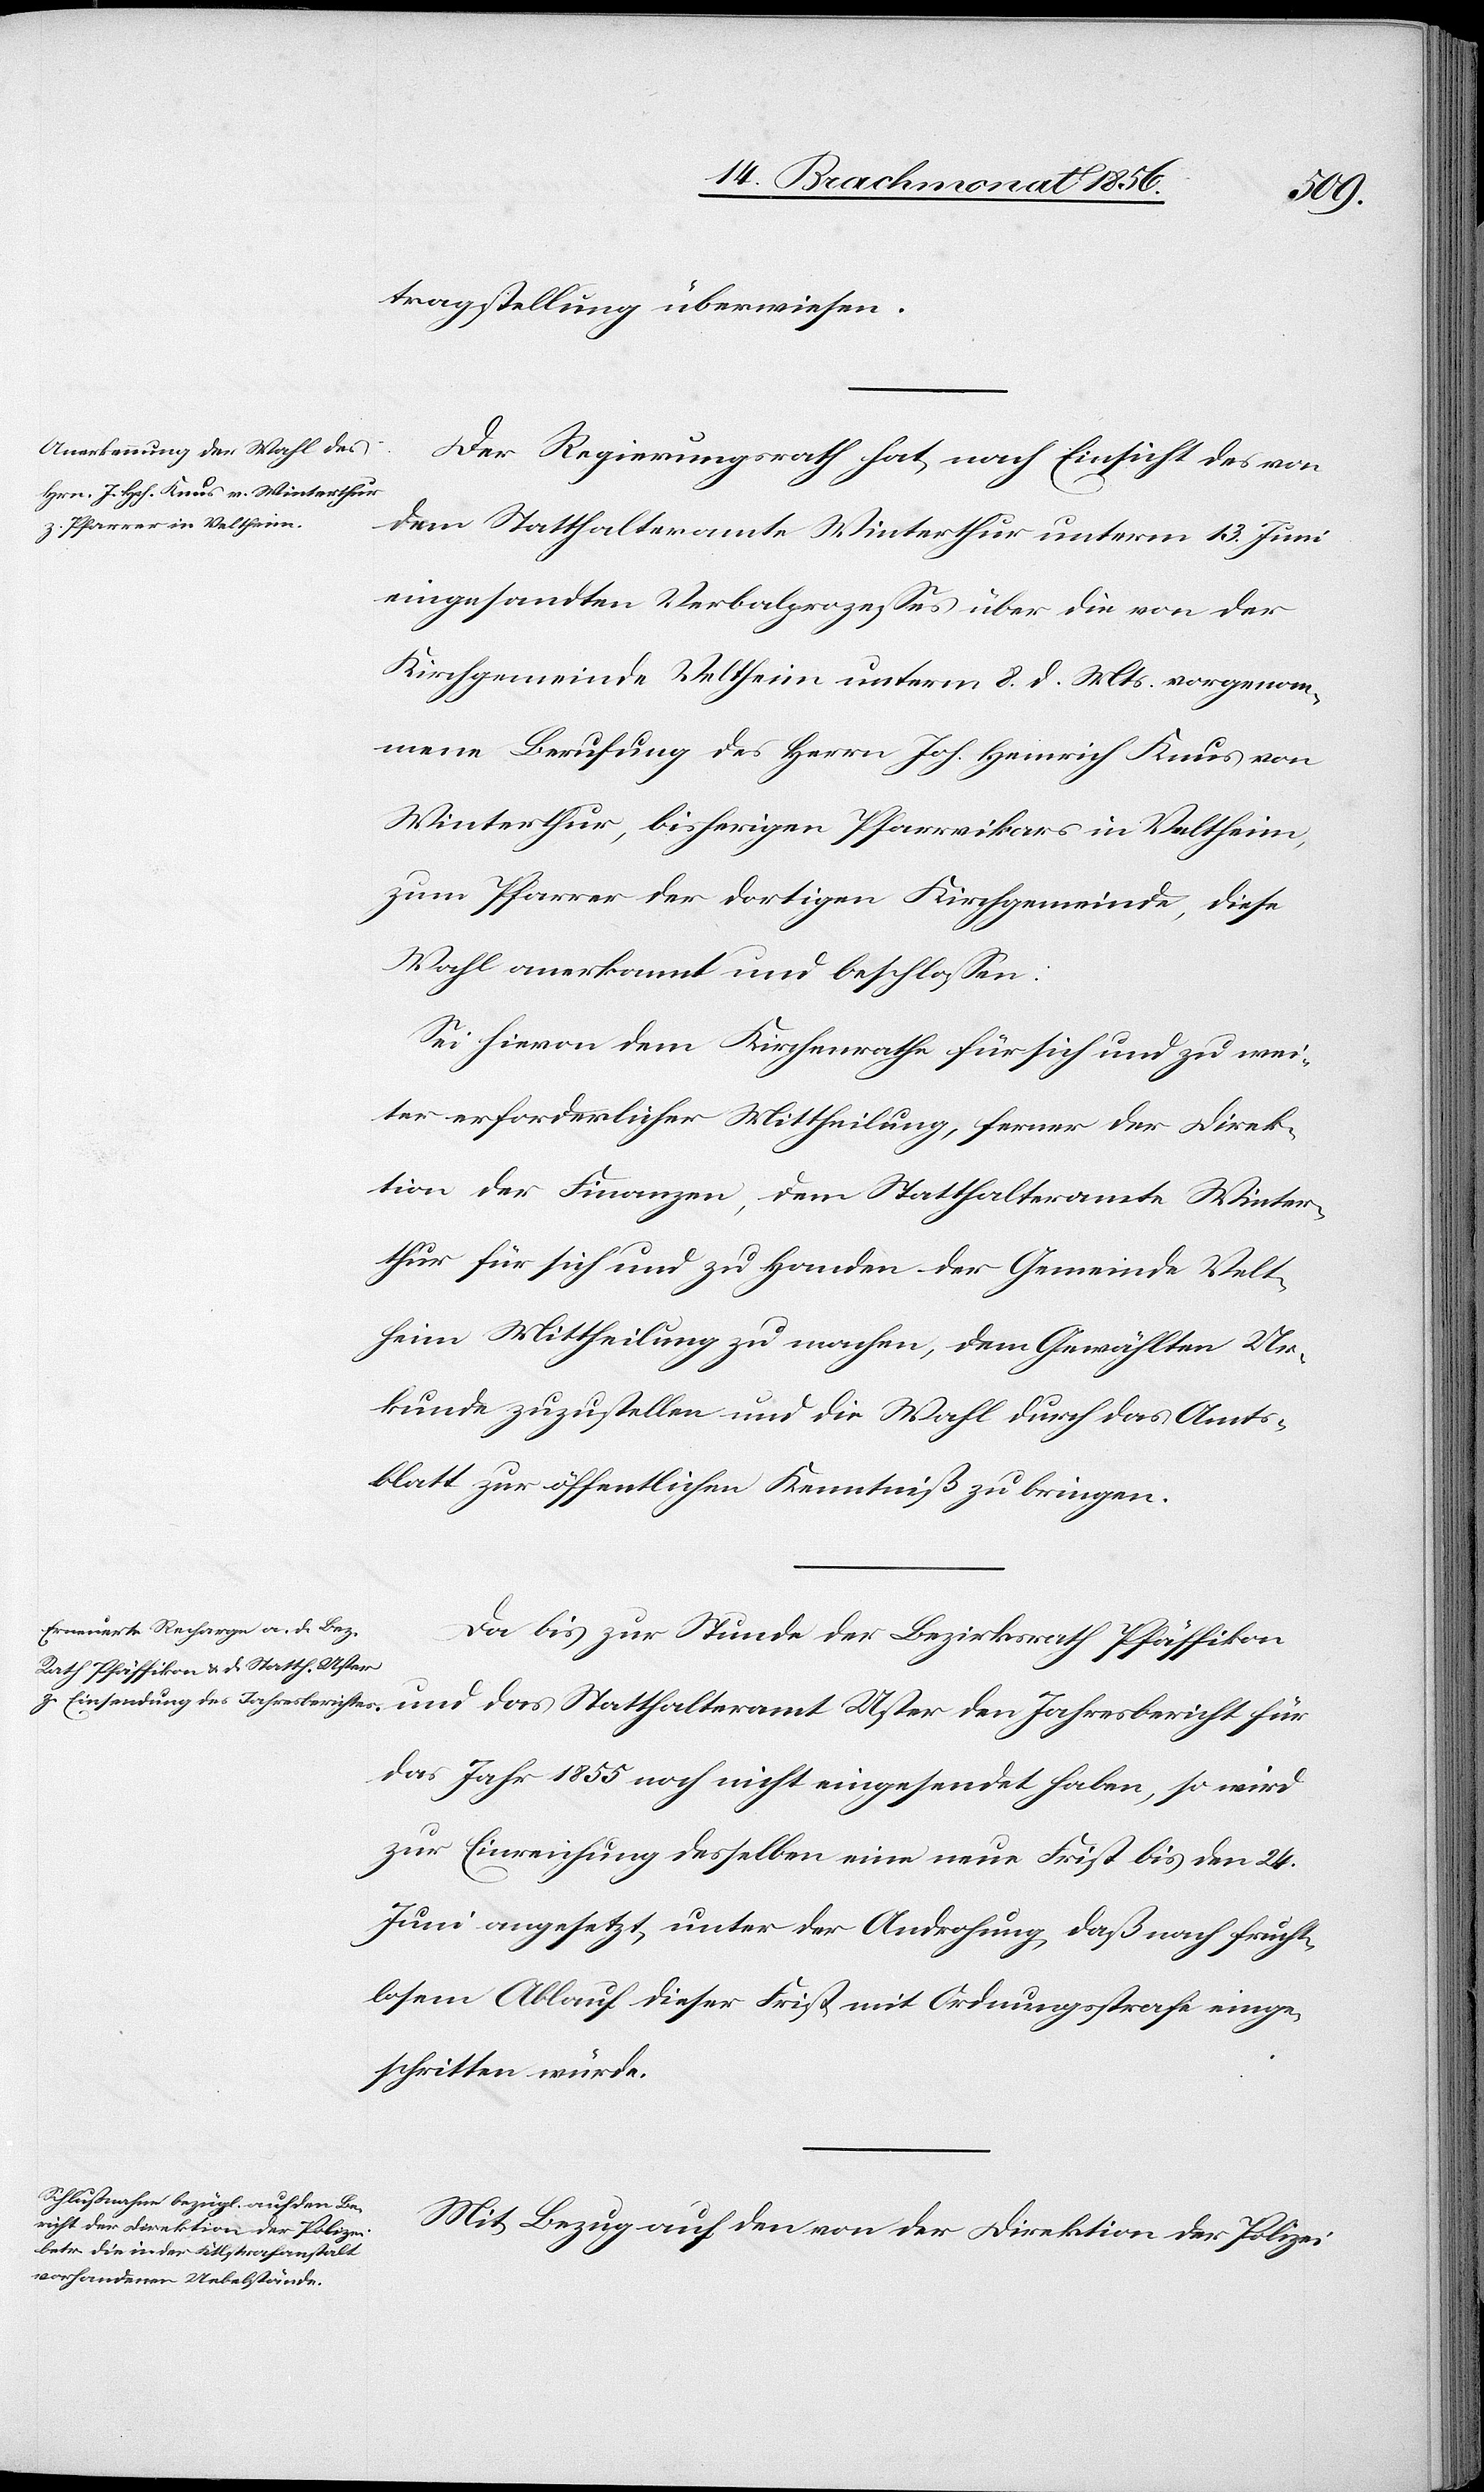
tragstellung überwiesen.
Der Regierungsrath hat, nach Einsicht des von
dem Statthalteramte Winterthur unterm 13. Juni
eingesandten Verbalprozesses über die von der
Kirchgemeinde Veltheim unterm 8. d. Mts. vorgenom¬
mene Berufung des Herrn Joh. Heinrich Knus von
Winterthur, bisherigen Pfarrvikars in Veltheim,
zum Pfarrer der dortigen Kirchgemeinde, diese
Wahl anerkannt und beschlossen:
Sei hievon dem Kirchenrathe für sich und zu wei¬
ter erforderlicher Mittheilung, ferner der Direk¬
tion der Finanzen, dem Statthalteramte Winter¬
thur für sich und zu Handen der Gemeinde Velt¬
heim Mittheilung zu machen, dem Gewählten Ur¬
kunde zuzustellen und die Wahl durch das Amts¬
blatt zur öffentlichen Kenntniß zu bringen.
Da bis zur Stunde der Bezirksrath Pfäffikon
und das Statthalteramt Uster den Jahresbericht für
das Jahr 1855 noch nicht eingesendet haben, so wird
zur Einreichung desselben eine neue Frist bis den 24.
Juni angesetzt, unter der Androhung, daß nach frucht¬
losem Ablauf dieser Frist mit Ordnungsstrafe einge¬
schritten würde.
Mit Bezug auf den von der Direktion der Polizei